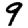
Digit: 9